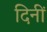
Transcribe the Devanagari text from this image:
दिनीं